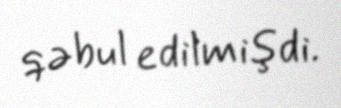
qəbul edilmişdi.